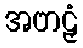
အဗာဠှံ